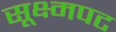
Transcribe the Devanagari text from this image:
सूक्ष्मपट